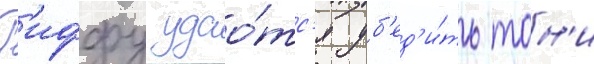
Р'иффу удао́тс'я уб'ед'и́ть тон'и